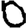
Digit: 0